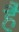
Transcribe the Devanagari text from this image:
है॑